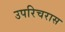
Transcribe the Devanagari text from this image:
उपरिचरास